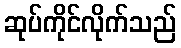
ဆုပ်ကိုင်လိုက်သည်